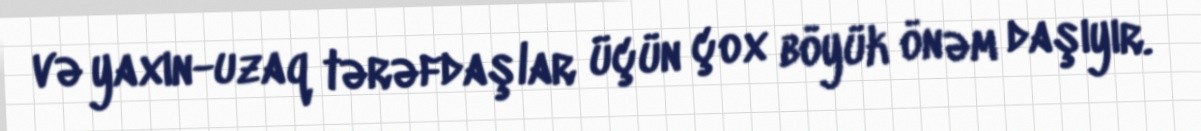
və yaxın-uzaq tərəfdaşlar üçün çox böyük önəm daşıyır.